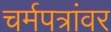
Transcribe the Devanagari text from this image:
चर्मपत्रांवर